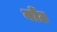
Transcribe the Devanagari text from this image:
नोंट